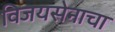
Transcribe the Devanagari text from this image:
विजयसेनाचा